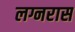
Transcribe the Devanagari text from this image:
लग्नरास